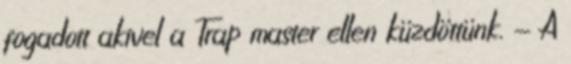
fogadott akivel a Trap master ellen küzdöttünk. - A